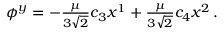
\phi ^ { y } = - \textstyle { \frac { \mu } { 3 \sqrt { 2 } } } c _ { 3 } x ^ { 1 } + \textstyle { \frac { \mu } { 3 \sqrt { 2 } } } c _ { 4 } x ^ { 2 } \, .